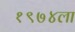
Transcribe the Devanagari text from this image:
१९७४ला